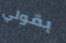
بقولي